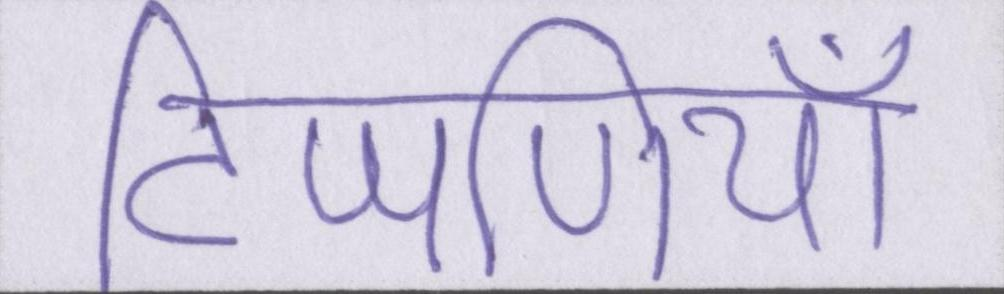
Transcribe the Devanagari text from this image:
टिप्पणियाँ